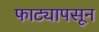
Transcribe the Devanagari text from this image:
फाट्यापसून